Calcutta medical institutions reports 1892-1900
Year: 1892
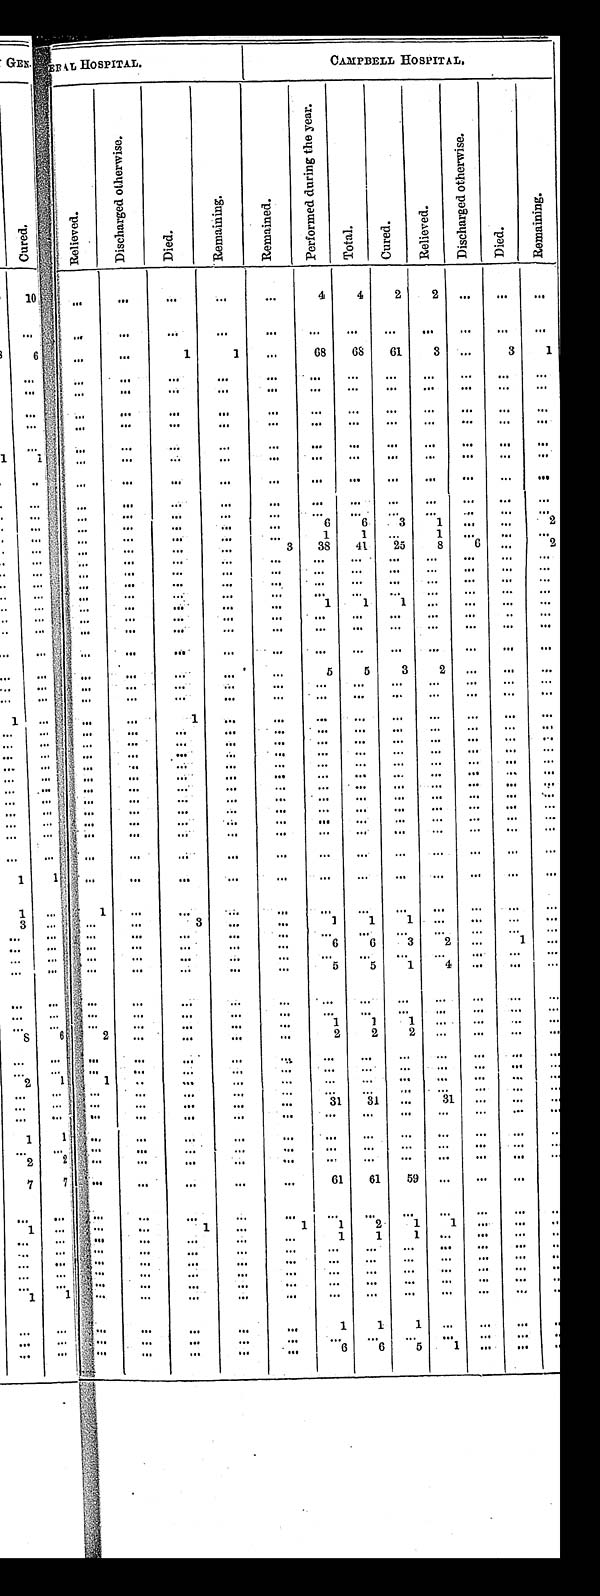
CAMPBELL HOSPITAL.
C u r e d .
Relieved.
D i s c h a r g e d o t h e r w i s e .
D i e d .
R e m a i n i n g .
R e m a i n e d .
P e r f o r m e d d u r i n g t h e y e a r .
T o t a l .
C u r e d .
R e l i e v e d .
D i s c h a r g e d o t h e r w i s e .
D i e d .
R e m a i n i n g .
10
. . .
. . .
. . .
. . .
. . .
4
4
2
2
. . .
. . .
. . .
. . .
. . .
. . .
. . .
. . .
. . .
. . .
. . .
. . .
. . . . . .
. . .
. . .
. . .. . .
. . .
1
1
. . .
68
68
61
3
. . .
3
1
. . . . . .
. . .
. . .
. . .
. . .
. . .
. . .
. . .
. . . . . .
. . . . . .
. . .
. . .
. . .
. . .
. . .
. . .
. . .. . .
. . .
. . . . . .
. . . . . .
. . .
. . .
. . .
. . .
. . .
. . .
. . .. . .
. . .
. . . . . .
. . . . . .
. . .
. . .
. . .
. . .
. . .
. . .
. . .. . .
. . .
. . . . . .
. . . . . .
. . .
. . .
. . .
. . .
. . .
. . .
. . .
. . .
. . .
. . . . . .
. . . . . .
. . .
. . .
. . .
. . .
. . .
. . .
. . .
. . .
. . .
. . . . . .
. . . . . .
. . .
. . .
. . .
. . .
. . .
. . .
. . . . . .
. . .
. . . . . .
. . . . . .
. . .. . .
. . .
. . .
. . .
. . .
. . . . . .
. . . . . .
. . .
. . .
. . .
. . . . . .
. . .
. . .
. . .
. . .
. . .
. . .
. . .
. . .
. . .
. . .
. . .
. . .
. . .
. . .
. . .
. . .
. . .
6
6
3
1
. . .
. . .
2
. . . . . .
. . .
. . .
. . .
. . .
1
1
. . .
1
. . .
. . .
. . .
. . . . . .
. . .
. . .
. . .
3
3 8
4 1
2 5
8
6
. . .
2
. . .
. . .
. . .
. . .
. . .
. . .
. . .
. . .
. . .
. . .
. . .
. . .
. . .
. . .
. . .
. . .
. . .
. . .
. . .
. . . . . .
. . .
. . .
. . .
. . .
. . .
. . .
. . .
. . .
. . .
. . .
. . .
. . .
. . .
. . .
. . .
. . .
. . .
. . .
. . .
. . .
. . .
. . .
. . .
. . .
. . .
. . .
. . .
. . .
. . .
. . .
. . .
. . . . . .
. . .
. . .
. . .
. . .
1
1
1
. . . . . .
. . .
. . .
. . .
. . .
. . .
. . .
. . .
. . .
. . .
. . .
. . .
. . .
. . .
. . .
. . .
. . .
. . .
. . .
. . .
. . .
. . .
. . .
. . .
. . .
. . .
. . .
. . .
. . .
. . .
. . .
. . .
. . .
. . .
. . .
. . . . . .
. . .
. . .
. . .
. . .
. . .
. . .
. . .
. . .
. . .
. . .
. . .
5
5
3 2
. . .
. . .
. . .
. . .
. . .
. . .
. . .
. . .
. . .
. . .
. . .
. . .
. . .
. . .
. . .
. . .
. . .
. . .
. . .
. . .
. . .
. . .
. . .
. . .
. . .
. . .
. . .
. . .
. . .
. . .
. . .
. . .
1
. . .
. . .
. . .
. . .
. . .
. . .
. . .
. . .
. . .
. . .
. . .
. . .
. . .
. . .
. . .
. . .
. . .
. . .
. . .
. . .
. . .
. . .
. . .
. . .
. . .
. . .
. . .
. . .
. . . . . .
. . .
. . .
. . .
. . .
. . .
. . .. . .
. . .
. . .
. . .
. . .
. . .
. . .
. . .
. . .
. . .
. . .
. . .
. . .
. . .
. . .
. . .
. . .
. . .
. . .
. . .
. . .
. . .
. . .
. . .
. . .
. . .
. . .
. . .
. . .
. . .
. . .
. . . . . .
. . .
. . .
. . .
. . .
. . .
. . .. . .
. . .
. . .
. . .
. . .
. . .
. . .
. . .
. . .
. . .
. . .
. . .
. . .. . .
. . .
. . .
. . .
. . .
. . .
. . .
. . .
. . .
. . .
. . .
. . .
. . .. . .
. . .
. . .
. . .
. . .
. . .
. . .
. . .
. . .
. . .
. . .
. . .
. . . . . .
. . .
. . .
. . .
. . .
. . . . . .
. . .
. . .
. . .
. . .
. . .
. . .
. . .
. . .
. . .
. . .
. . .
. . . . . .
. . .
. . .
. . .
. . .
. . .
. . . . . .
. . .
. . .
. . .
. . .
. . .
. . .
. . .
. . .
. . .
. . .
. . .
1 . . .
. . .
. . .
. . .
. . .
. . .
. . .
. . .
. . .
. . .
. . .
. . .
. . .
1
. . .
. . .
. . .
. . .
. . . . . .
. . .
. . .
. . .
. . .
. . .
. . .
. . .
. . .
3
. . .
. . .
1
1
1
. . .
. . .
. . .
. . .
. . .
. . .
. . .
. . .
. . .
. . .
. . .
. . .
. . .
. . .
. . .
. . .
. . .
. . .
. . .
. . .
. . .
. . .
. . .
6
6
3
2
. . .
1
. . .
. . .
. . .
. . .
. . .
. . .
. . .
. . .
. . .
. . .
. . .
. . .
. . .
. . .
. . .
. . .
. . .
. . .
. . .
. . .
5
5
1
. . .
. . .
. . .
. . .
. . . . . .
. . .
. . .
. . .
. . .
. . .
. . .
. . .
. . .
. . .
. . .
. . .
. . .
. . .
. . .
. . .
. . .
. . .
. . . . . .
. . .
. . .
. . .
. . .
. . .
. . .
. . .
. . .
. . .
. . .
. . .
1
1
1
. . .
. . .
. . .
. . .
6
2
. . .
. . .
. . .
. . .
2
2
2
. . .
. . .
. . .
. . .
. . .
. . .
. . .
. . .
. . .
. . .
. . .
. . .
. . .
. . .
. . .
. . .
. . .
. . .
. . .
. . .
. . .
. . .
. . .
. . . . . .
. . .
. . .
. . .
. . .
. . .
1
1
. . .
. . .
. . .
. . .
. . . . . .
. . .
. . .
. . .
. . .
. . .
. . .
. . .
. . .
. . .
. . .
. . .
. . .
. . .
. . .
. . .
. . .
. . .
. . .
. . . . . .
. . .
. . .
. . .
. . .
31
31
. . .
3 1
. . .
. . .
. . .
. . .
. . .
. . .
. . .
. . .
. . .
. . .. . .
. . .
. . .
. . .
. . .
. . .
1
. . .
. . .
. . .
. . .
. . .
. . .
. . .
. . .
. . .
. . .
. . .
. . .
. . .
. . .
. . .
. . .
. . .
. . .
. . .. . .
. . .
. . .
. . .
. . .
. . .
2
. . .
. . .
. . .
. . .
. . .
. . .. . .
. . .
. . .
. . .
. . .
. . .
7
. . .
. . .
. . .
. . .
. . .
61
61
59
. . .
. . .
. . .
. . .
. . .
. . .
. . .
. . .
. . .
. . .
. . .
. . .
. . .
. . .
. . .
. . .
. . .
. . .
1
1
1
2
1
1
. . .
. . .
. . .
. . .
. . .
. . .
. . .
. . .
. . .
. . .
1
1
1
. . . . . .
. . .
. . .
. . .
. . .
. . .
. . .
. . .
. . .
. . .
. . .
. . .
. . . . . .
. . .
. . .
. . .
. . .
. . .
. . .
. . .
. . .
. . .
. . .
. . .
. . .
. . .
. . .
. . .
. . .
. . .
. . .
. . .
. . .
. . .
. . .
. . .
. . .
. . .
. . .
. . .
. . .
. . .
. . .
. . .
. . .
. . .
. . .
. . .
. . .
. . .
. . .
. . .
. . .
. . .
1
. . .
. . .
. . .
. . .
. . .
. . . . . .
. . .
. . .
. . .
. . .
. . .
. . .
. . .
. . .
. . .
. . .
. . .
1
1
1
. . .
. . .
. . .. . .
. . .
. . .
. . .
. . .
. . .
. . .
. . .
. . .
. . .
. . . . . .
. . .. . .
6
6
5
1
. . .
. . .
. . .
. . .
. . .
. . .
. . .
. . .. . .